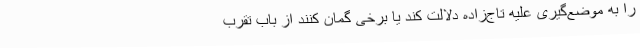
را به موضع‌گیری علیه تاج‌زاده دلالت کند یا برخی گمان کنند از باب تقرب